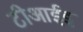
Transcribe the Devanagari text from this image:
टीआईइ